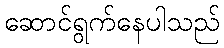
ဆောင်ရွက်နေပါသည်